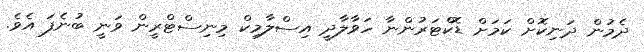
ދެމުން ދަނިކޮށް ކަމަށް ޑޮކްޓަރުންނާ ހަވާލާދީ އިސްލާމިކް މިނިސްޓްރީން ވަނީ ބުނެފަ އެވެ.